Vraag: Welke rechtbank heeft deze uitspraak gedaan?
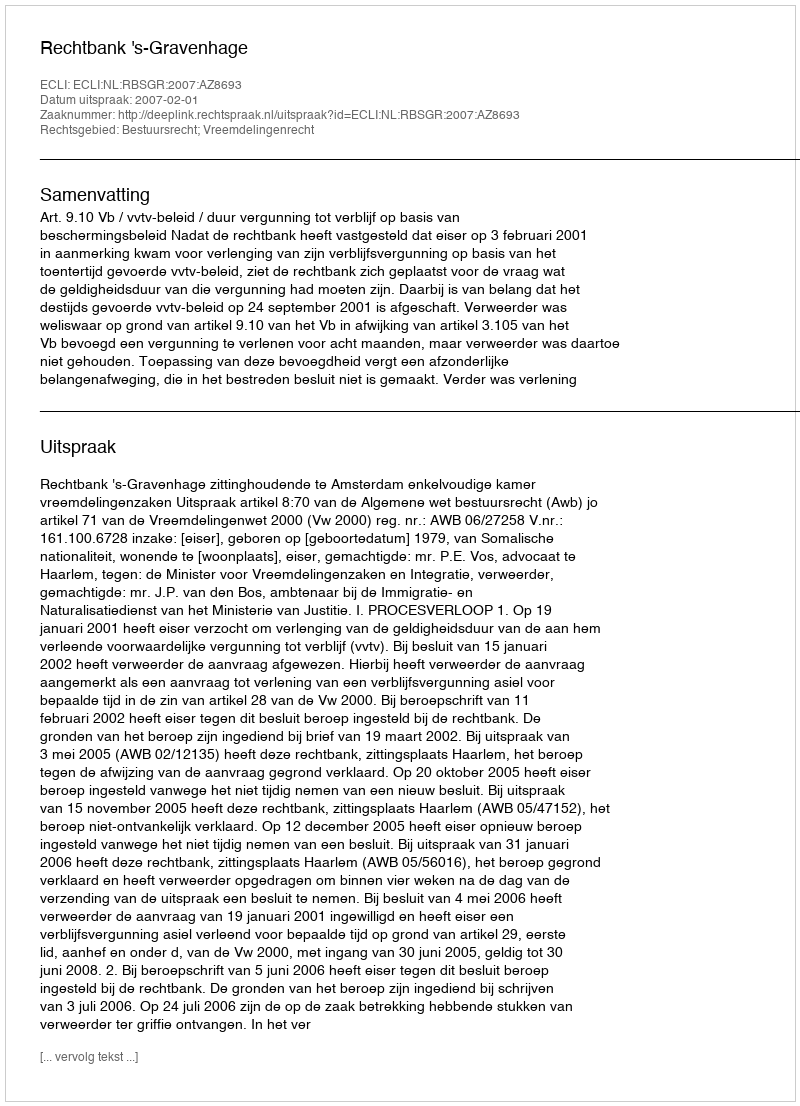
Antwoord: Rechtbank 's-Gravenhage